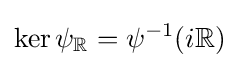
\ker \psi _{\mathbb {R} }=\psi ^{-1}(i\mathbb {R} )